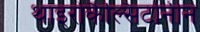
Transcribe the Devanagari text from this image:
थाइरोकैल्सिटोनीन